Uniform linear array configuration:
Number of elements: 16
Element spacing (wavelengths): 1
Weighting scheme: exponential
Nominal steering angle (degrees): -60
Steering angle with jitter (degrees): -59.133
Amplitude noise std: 0.05
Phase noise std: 0.05

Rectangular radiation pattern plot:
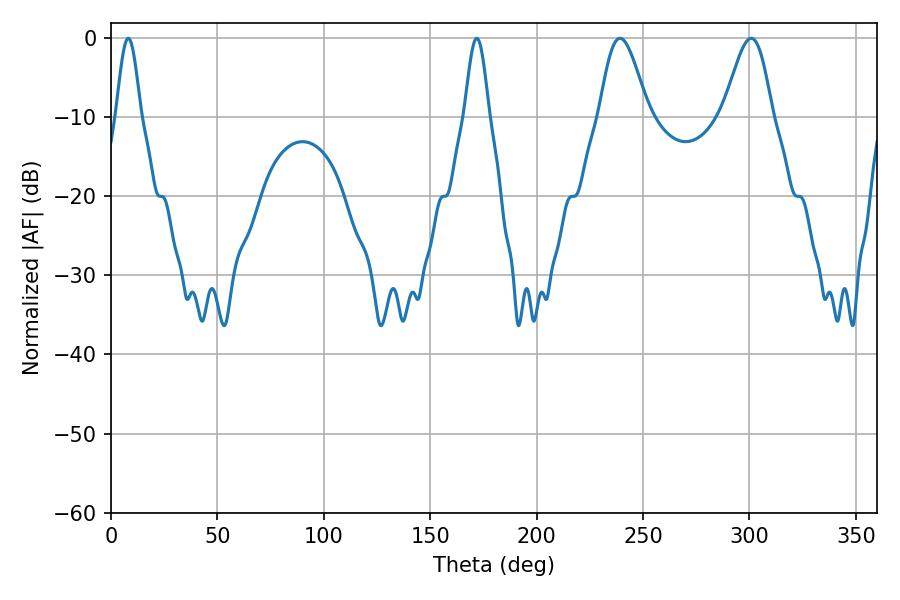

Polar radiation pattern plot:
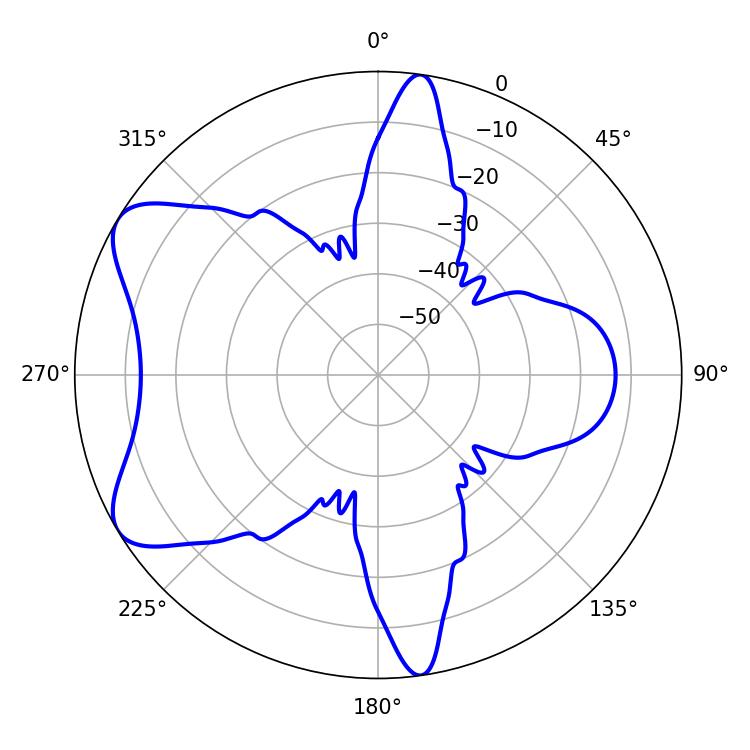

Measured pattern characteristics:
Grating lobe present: TRUE
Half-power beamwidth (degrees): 6.12
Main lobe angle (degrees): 8.1